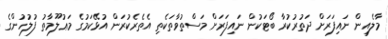
މާލެއިން ނައިފަރަށް ދަތުރުކުރާ ބޯޓަކުން ނައިފަރަށް މަސްތުވާތަކެތި އެތެރެކުރަން އުޅޭކަމުގެ މަޢުލޫމާތު ފުލުހުންގެ